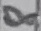
Text: 8